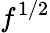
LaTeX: f^{1/2}